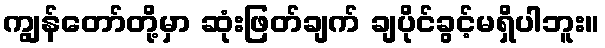
ကျွန်တော်တို့မှာ ဆုံးဖြတ်ချက် ချပိုင်ခွင့်မရှိပါဘူး။